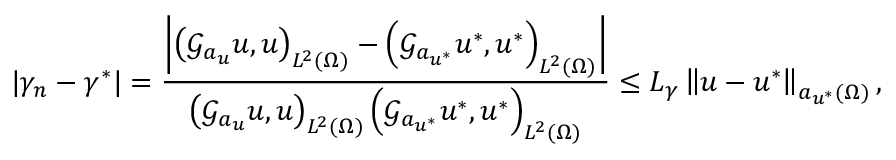
| \gamma _ { n } - \gamma ^ { * } | = \frac { \left| \left( \mathcal { G } _ { a _ { u } } u , u \right) _ { L ^ { 2 } ( \Omega ) } - \left( \mathcal { G } _ { a _ { u ^ { * } } } u ^ { * } , u ^ { * } \right) _ { L ^ { 2 } ( \Omega ) } \right| } { \left( \mathcal { G } _ { a _ { u } } u , u \right) _ { L ^ { 2 } ( \Omega ) } \left( \mathcal { G } _ { a _ { u ^ { * } } } u ^ { * } , u ^ { * } \right) _ { L ^ { 2 } ( \Omega ) } } \leq L _ { \gamma } \left\Vert u - u ^ { * } \right\Vert _ { a _ { u ^ { * } } ( \Omega ) } ,